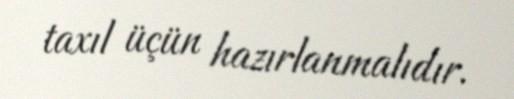
taxıl üçün hazırlanmalıdır.